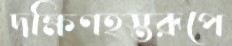
দক্ষিণহস্তরূপে